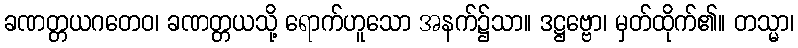
ခဏတ္တယဂတေဝ၊ ခဏတ္တယသို့ ရောက်ဟူသော အနက်၌သာ။ ဒဋ္ဌဗ္ဗော၊ မှတ်ထိုက်၏။ တသ္မာ၊